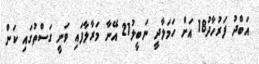
އަބްދު ފަރުހާދު18 އަށް ހަމަލާދީ ނަބީލު21 އޭނާ މަރާލާފައި ވަނީ ގަސްތުގައި ކަން